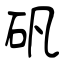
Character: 矾